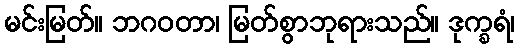
မင်းမြတ်။ ဘဂဝတာ၊ မြတ်စွာဘုရားသည်။ ဒုက္ခရံ၊